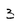
Character: 3